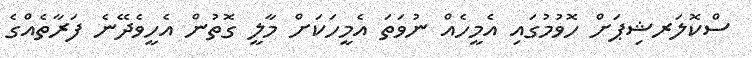
ސްކޮލަރޝިޕަށް ހޮވުމުގައި އެމީހެއް ނުވަތަ އެމީހަކަށް މާލީ ގޮތުން އެހީވެދޭނެ ފަރާތެއްގެ